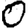
Digit: 0